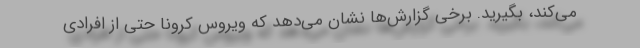
می‌کند، بگیرید. برخی گزارش‌ها نشان می‌دهد که ویروس کرونا حتی از افرادی